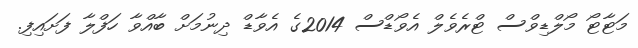
މަޓާޓޯ މޯލްޑިވްސް ޓްރެވެލް އެވޯޑްސް 2014ގެ އެވާޑް ދިނުމަށް ބާއްވާ ހަފްލާ ފަށައިފި.